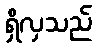
ရှိလှသည်